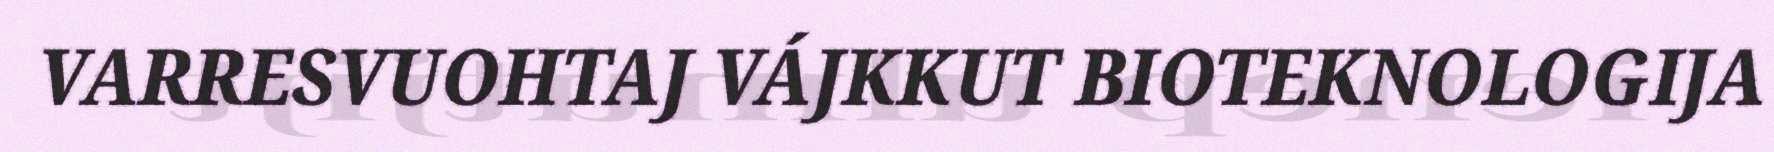
VARRESVUOHTAJ VÁJKKUT BIOTEKNOLOGIJA